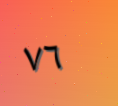
٧٦